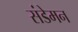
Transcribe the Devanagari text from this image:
संडेमन